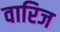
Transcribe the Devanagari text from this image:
वारिज